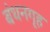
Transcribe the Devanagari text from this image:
बंधनगृह